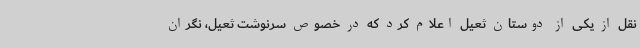
نقل از یکی از دوستان ثعیل اعلام کرد که در خصوص سرنوشت ثعیل، نگران